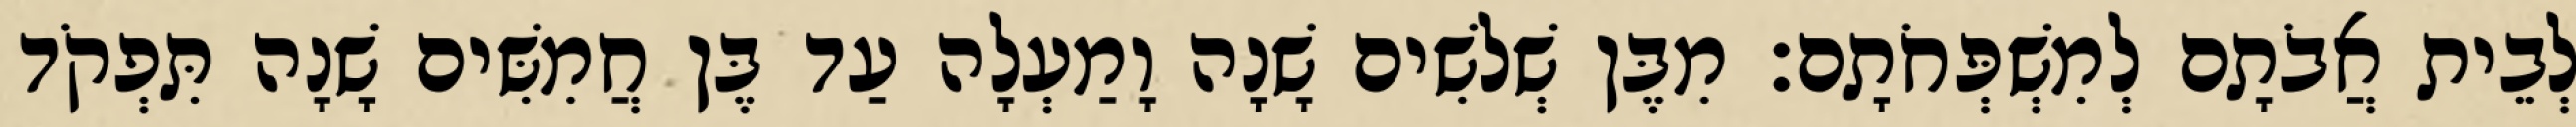
לְבֵית אֲבֹתָם לְמִשְׁפְּחֹתָם׃ מִבֶּן שְׁלשִׁים שָׁנָה וָמַעְלָה עַד בֶּן חֲמִשִּׁים שָׁנָה תִּפְקֹד